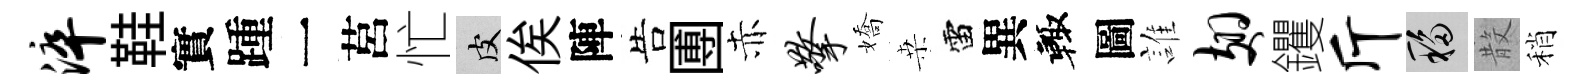
淬鞋實踵一莒忙皮俟陣告圑赤擎嬌桒雷異輙圖誰翅钁斤移𣪚稍